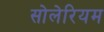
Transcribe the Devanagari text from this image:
सोलेरियम